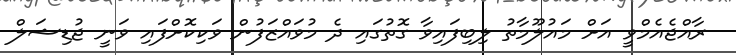
ރާއްޖެއެމްވީ އަށް މައުލޫމާތު ލިބިފައިވާ ގޮތުގައި ދެ މުވައްޒަފުން ވަކިކޮށްފައި ވަނީ ޖުޑިޝަލް